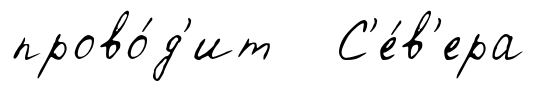
прово́д'ит С'е́в'ера